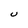
Character: U